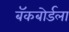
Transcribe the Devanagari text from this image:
बॅकबोर्डला